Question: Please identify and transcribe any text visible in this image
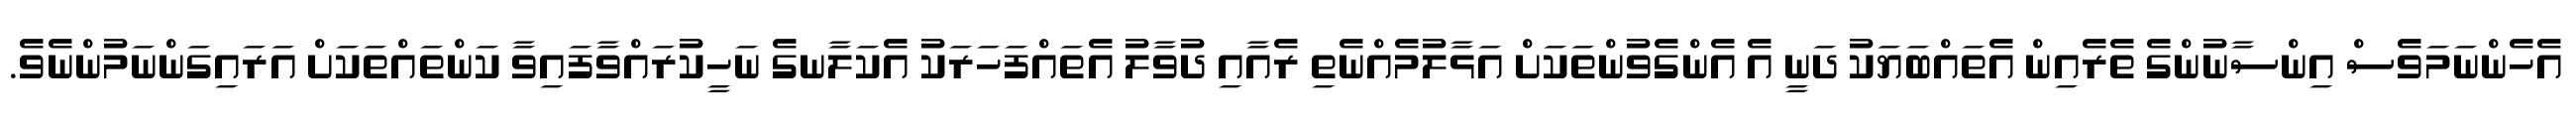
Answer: އެހެންނަމަވެސް އިންސާނުންގެ ތެރެއިން އެތައްބަޔަކު ދަނީ އެ އެންގެވުންތަކަށް އަޅާލުމެއްނެތި ރެއާއި ދުވާލު އެތައްފަހަރަކު އެކަލާނގެ ނަހީކުރައްވާފައިވާ ކަންތައްތަކަށް އަރައިގަންނަމުންނެވެ.